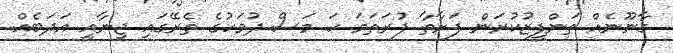
ގާނޫނެއް ތަންފީޒުކުރަން ފަށާތާ ފުރަތަމަ ހަ މަސް ދުވަހުގެ ތެރޭގައި ޖިނާއީ އަދަބެއް